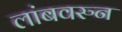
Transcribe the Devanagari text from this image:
लांबवरुन